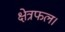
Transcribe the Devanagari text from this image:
क्षेत्रफल।